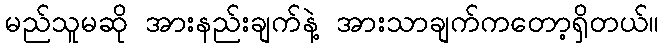
မည်သူမဆို အားနည်းချက်နဲ့ အားသာချက်ကတော့ရှိတယ်။